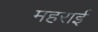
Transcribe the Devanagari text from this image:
महराई